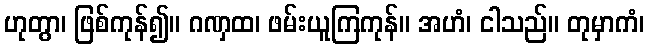
ဟုတွာ၊ ဖြစ်ကုန်၍။ ဂဏှထ၊ ဖမ်းယူကြကုန်။ အဟံ၊ ငါသည်။ တုမှာကံ၊